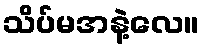
သိပ်မအနဲ့လေ။